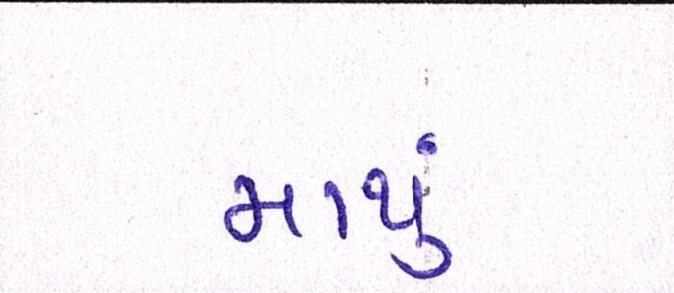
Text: માથું